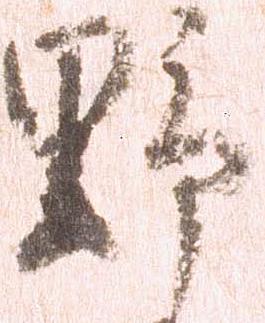
野